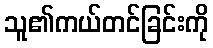
သူ၏ကယ်တင်ခြင်းကို